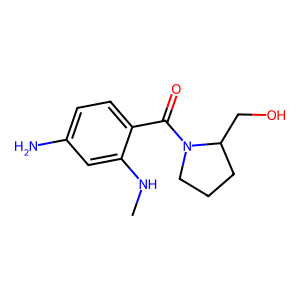
SMILES: CNc1cc(N)ccc1C(=O)N1CCCC1CO
Inhibits HIV replication: No